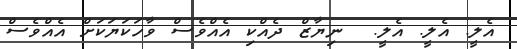
އެލީ. އެލީ. އެލީ.  ނިޔާޒް ދެއްކި އެއްވެސް ވާހަކަޔަކަށް އެއްވެސް